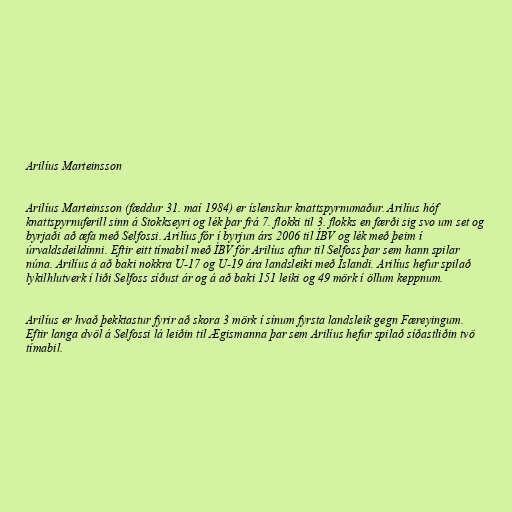
Arilíus Marteinsson

Arilíus Marteinsson (fæddur 31. maí 1984) er íslenskur knattspyrnumaður. Arilíus hóf
knattspyrnuferill sinn á Stokkseyri og lék þar frá 7. flokki til 3. flokks en færði sig svo um set og
byrjaði að æfa með Selfossi. Arilíus fór í byrjun árs 2006 til ÍBV og lék með þeim í
úrvaldsdeildinni. Eftir eitt tímabil með ÍBV fór Arilíus aftur til Selfoss þar sem hann spilar
núna. Arilíus á að baki nokkra U-17 og U-19 ára landsleiki með Íslandi. Arilíus hefur spilað
lykilhlutverk í liði Selfoss síðust ár og á að baki 151 leiki og 49 mörk í öllum keppnum.

Arilíus er hvað þekktastur fyrir að skora 3 mörk í sínum fyrsta landsleik gegn Færeyingum.
Eftir langa dvöl á Selfossi lá leiðin til Ægismanna þar sem Arilíus hefur spilað síðastliðin tvö
tímabil.